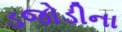
ડજોડીના